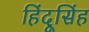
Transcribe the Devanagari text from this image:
हिंदूसिंह